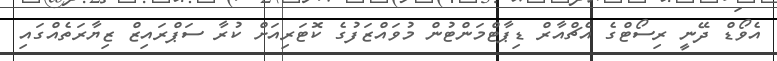
އެވޯޑް ދޭނީ ރިސޯޓްގެ އެޗްއާރް ޑިޕާޓްމަންޓުން މުވައްޒަފުގެ ކޮޓަރިއަށް ކުރާ ސަޕްރައިޒް ޒިޔާރަތެއްގައި